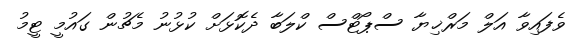
ވެފައިވާ އަލް މަރްޚިޔާ ސްޕޯޓްސް ކްލަބާ ދެކޮޅަށް ކުޅުނު މެޗުން ގައުމީ ޓީމު